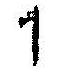
1